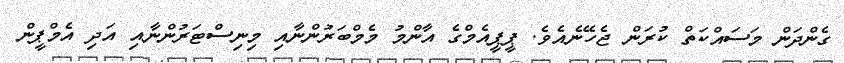
ގެންދަން މަސައްކަތް ކުރަން ޖެހޭނެއެވެ. ޕީޕީއެމްގެ އާންމު މެމްބަރުންނާއި މިނިސްޓަރުންނާއި އަދި އެމްޕީން